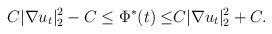
LaTeX: \begin{align*}C|\nabla u_t|^2_{2}-C \leq \Phi^*(t)\leq& C|\nabla u_t|^2_{2}+C.\end{align*}